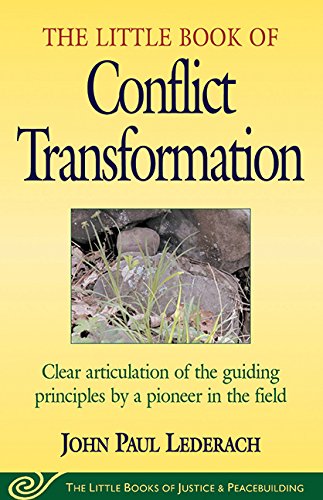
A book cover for Little Book of Conflict Transformation: Clear Articulation Of The Guiding Principles By A Pioneer In The Field (The Little Books of Justice and Peacebuilding Series); John Lederach; Parenting & Relationships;